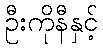
ဦးကိုနီနှင့်